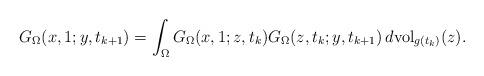
LaTeX: \begin{align*}G_{\Omega}(x, 1; y, t_{k+1})=\int_{\Omega}G_{\Omega}(x, 1; z, t_k)G_{\Omega}(z, t_k; y, t_{k+1})\,d \mathrm{vol}_{g(t_k)}(z).\end{align*}